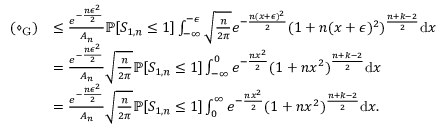
\begin{array} { r l } { ( \diamond _ { \mathrm { G } } ) } & { \leq \frac { e ^ { - \frac { n \epsilon ^ { 2 } } { 2 } } } { A _ { n } } \mathbb { P } [ S _ { 1 , n } \leq 1 ] \int _ { - \infty } ^ { - \epsilon } \sqrt { \frac { n } { 2 \pi } } e ^ { - \frac { n ( x + \epsilon ) ^ { 2 } } { 2 } } ( 1 + n ( x + \epsilon ) ^ { 2 } ) ^ { \frac { n + k - 2 } { 2 } } \mathrm { d } x } \\ & { = \frac { e ^ { - \frac { n \epsilon ^ { 2 } } { 2 } } } { A _ { n } } \sqrt { \frac { n } { 2 \pi } } \mathbb { P } [ S _ { 1 , n } \leq 1 ] \int _ { - \infty } ^ { 0 } e ^ { - \frac { n x ^ { 2 } } { 2 } } ( 1 + n x ^ { 2 } ) ^ { \frac { n + k - 2 } { 2 } } \mathrm { d } x } \\ & { = \frac { e ^ { - \frac { n \epsilon ^ { 2 } } { 2 } } } { A _ { n } } \sqrt { \frac { n } { 2 \pi } } \mathbb { P } [ S _ { 1 , n } \leq 1 ] \int _ { 0 } ^ { \infty } e ^ { - \frac { n x ^ { 2 } } { 2 } } ( 1 + n x ^ { 2 } ) ^ { \frac { n + k - 2 } { 2 } } \mathrm { d } x . } \end{array}